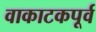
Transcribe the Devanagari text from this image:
वाकाटकपूर्व